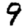
Digit: 9